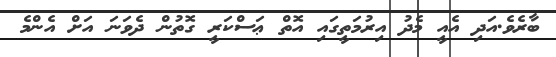
ބާރެވެ.އަދި އެއީ މެދު އިރުމަތީގައި އޮތް ޢަސްކަރީ ގޮތުން ދެވަނަ އަށް އެންމެ